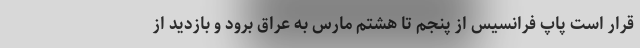
قرار است پاپ فرانسیس از پنجم تا هشتم مارس به عراق برود و بازدید از